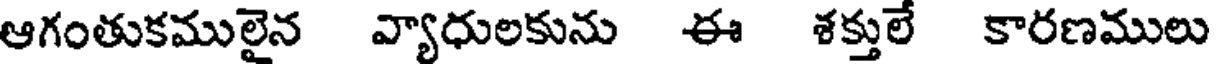
ఆగంతుకములైన వ్యాధులకును ఈ శక్తులే కారణములు